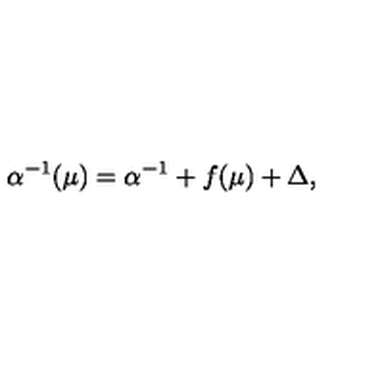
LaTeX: \alpha ^ { - 1 } ( \mu ) = \alpha ^ { - 1 } + f ( \mu ) + \Delta ,